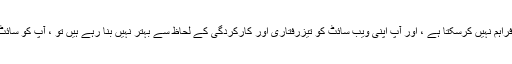
اگر آپ کا ویب ہوسٹ آپ کو تیزی سے بوجھ کا اوقات فراہم نہیں کرسکتا ہے ، اور آپ اپنی ویب سائٹ کو تیزرفتاری اور کارکردگی کے لحاظ سے بہتر نہیں بنا رہے ہیں تو ، آپ کو سائٹ کے بہت سے ٹریفک سے محروم ہونے کا خطرہ ہے۔